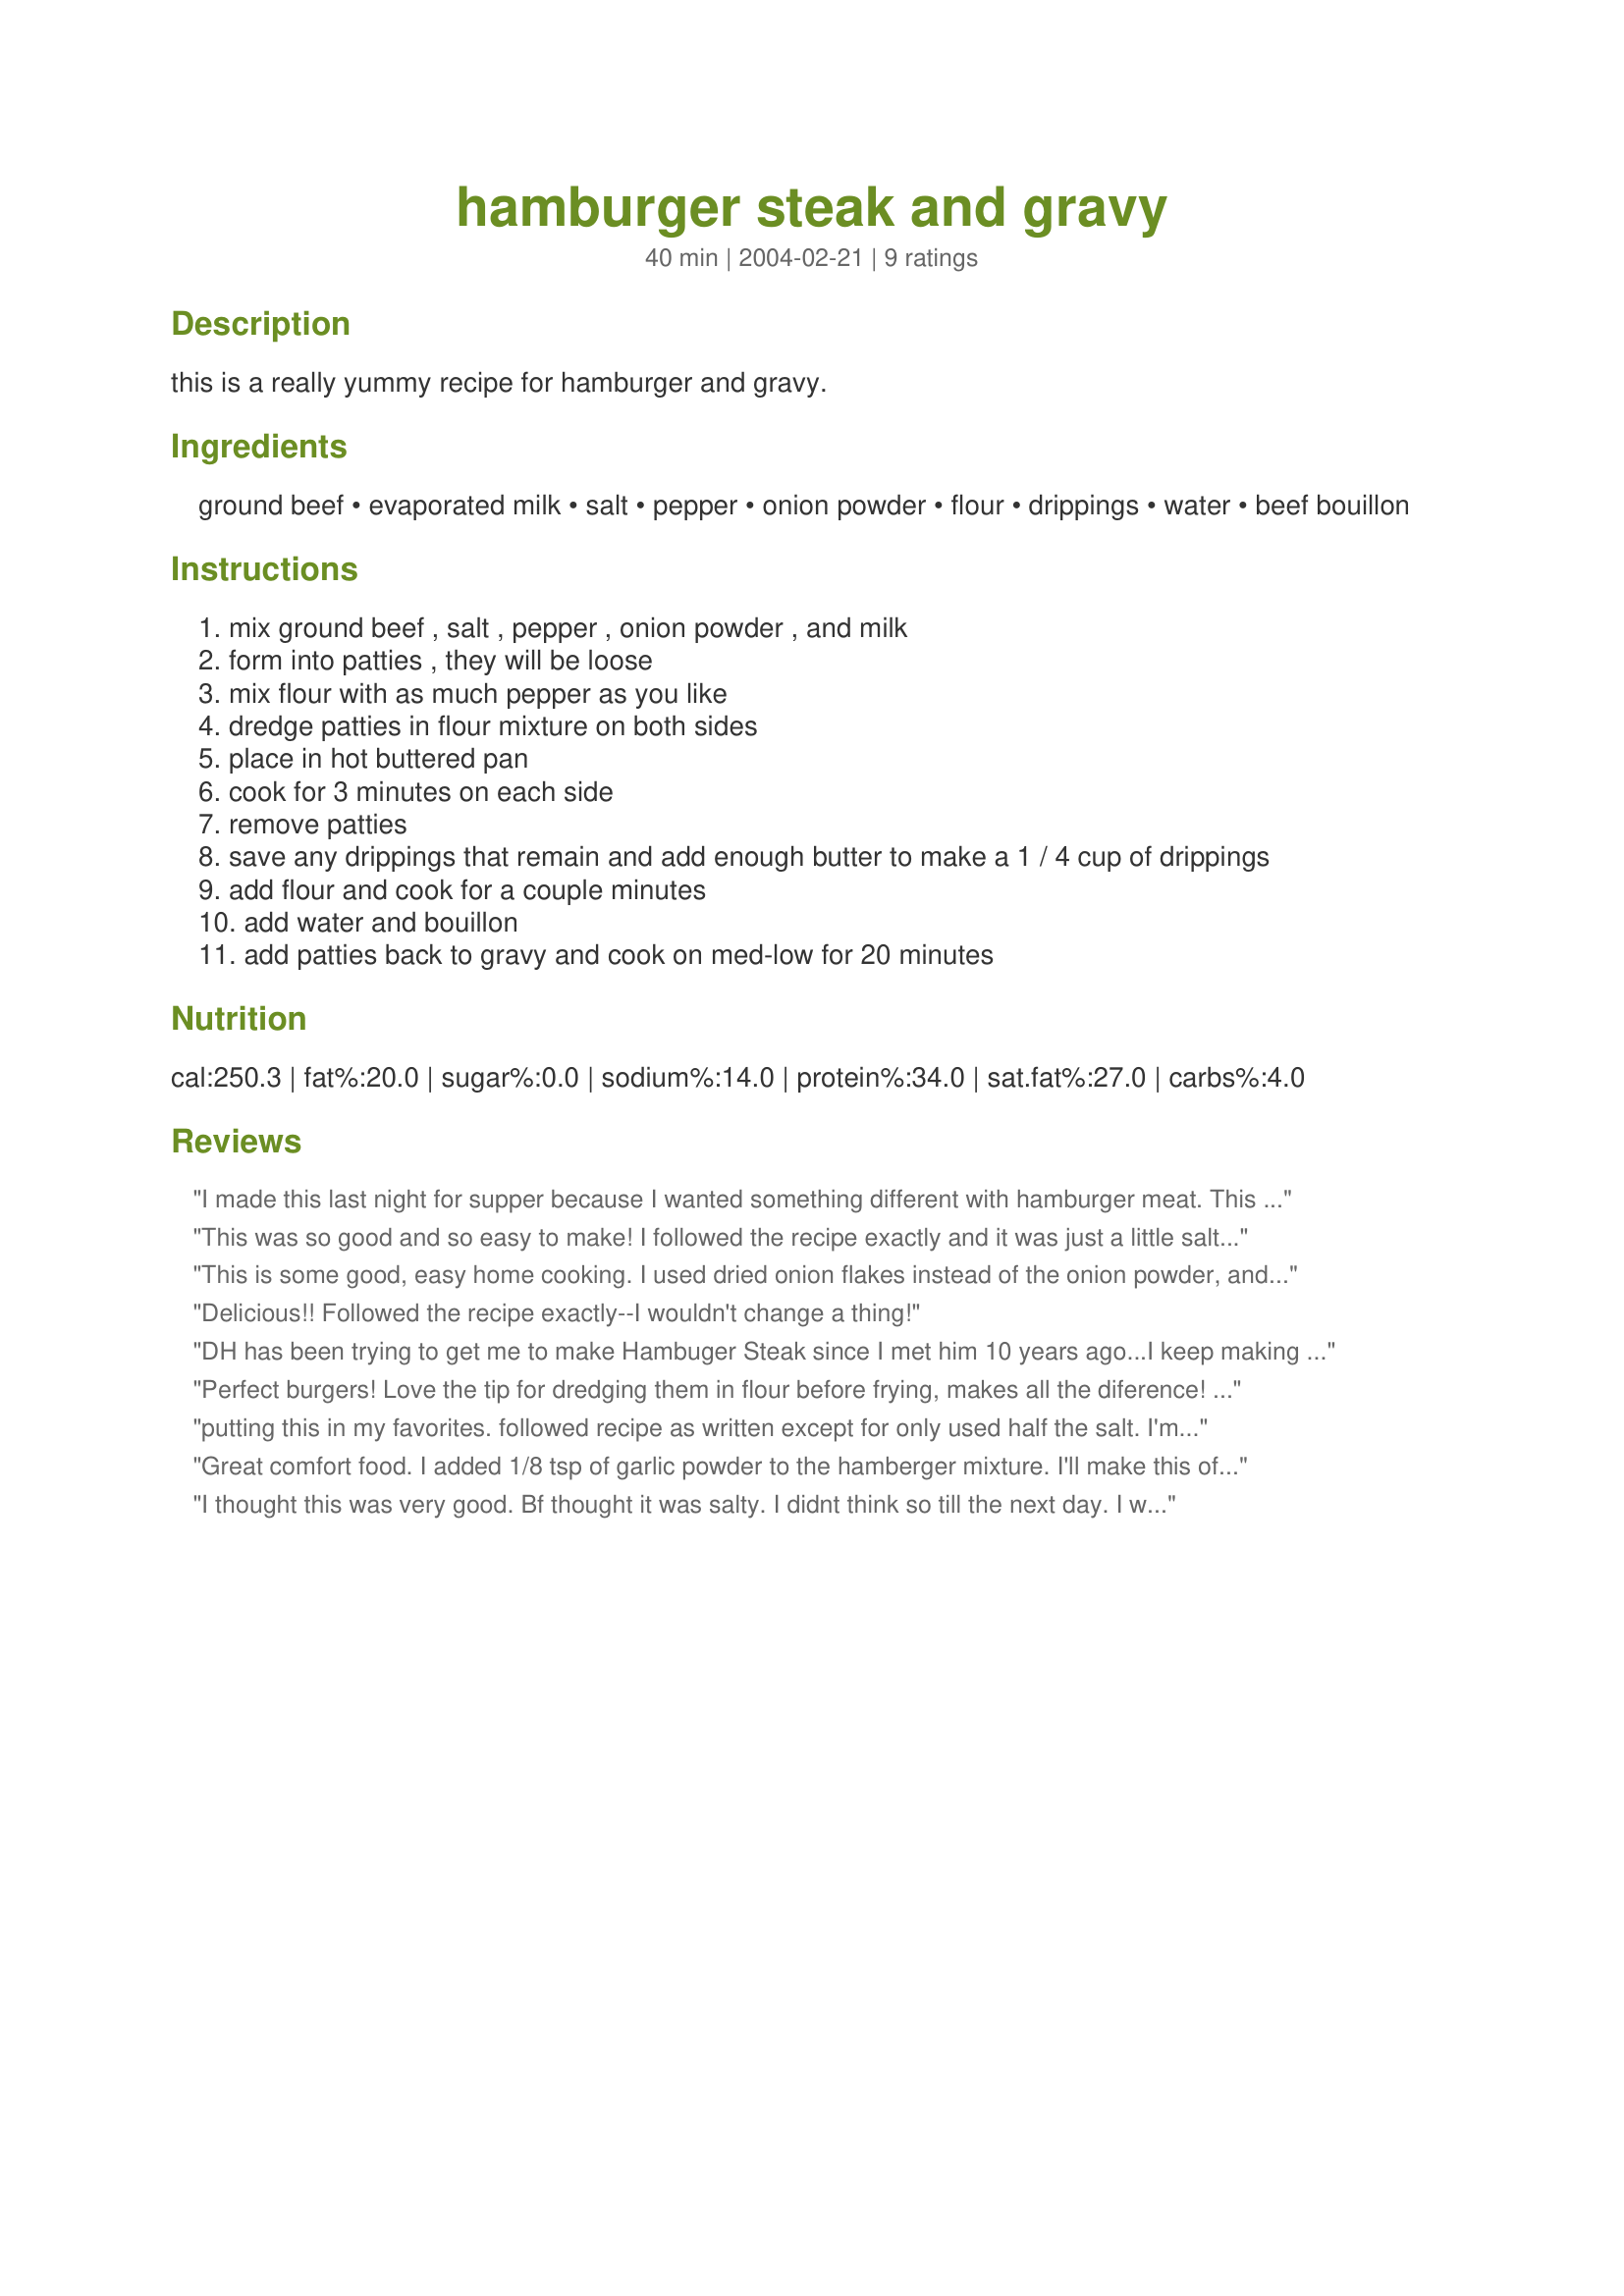
hamburger steak and gravy
Preparation time: 40 minutes

this is a really yummy recipe for hamburger and gravy.

Ingredients:
ground beef, evaporated milk, salt, pepper, onion powder, flour, drippings, water, beef bouillon

Steps:
mix ground beef , salt , pepper , onion powder , and milk
form into patties , they will be loose
mix flour with as much pepper as you like
dredge patties in flour mixture on both sides
place in hot buttered pan
cook for 3 minutes on each side
remove patties
save any drippings that remain and add enough butter to make a 1 / 4 cup of drippings
add flour and cook for a couple minutes
add water and bouillon
add patties back to gravy and cook on med-low for 20 minutes

Reviews:
I made this last night for supper because I wanted something different with hamburger meat. This was very good and my 2 kids told me it's one of their new faves! The only thing I did different was saute onions in the drippings before I added the flour to the pan. Very good, thanks for the new recipe!
This was so good and so easy to make! I followed the recipe exactly and it was just a little salty for us, so next time I will half the salt, but otherwise we really enjoyed this! We made mashed potatoes and biscuits and it was a wonderful comfort meal! Thanks...I will be making again! Update - made this again (actually I've made it a few times and forgot to re-review, sorry!)and left the salt out completely, and it was perfect for us! So I changed my mind and gave it 5 stars; it is now one of our favorites!
This is some good, easy home cooking. I used dried onion flakes instead of the onion powder, and seasoned salt instead of salt and pepper. Otherwise I followed the recipe exactly. DH and I enjoyed it with mashed potatoes and peas for a simple satisfying meal.
Delicious!! Followed the recipe exactly--I wouldn't change a thing!
DH has been trying to get me to make Hambuger Steak since I met him 10 years ago...I keep making Salisbury Steak(what can I say, I'm a yankee!) He gave this recipe a thumbs up. I really liked it as did MIL. I'm going to try sauting a few onions with the meat next time. Also, I used the peppered flour (used to coat the patties) to thicken the gravy. Thank you for a great recipe.
Perfect burgers! Love the tip for dredging them in flour before frying, makes all the diference! I like a white gravy with Hamburger steak so I didn't use the recipe for the gravy but followed the recipe for the burgers to the letter, oh, did have to use dried onions as that was all I had. Very yummy, thanks again for a winner!
putting this in my favorites. followed recipe as written except for only used half the salt. I'm happy to have a meat and gravy recipe that does'nt use soup. thanks
Great comfort food. I added 1/8 tsp of garlic powder to the hamberger mixture. I'll make this often when I need a quick top of the stove meal.
I thought this was very good. Bf thought it was salty. I didnt think so till the next day. I would just cut down on that. Other than that, i thought it was excellent.
